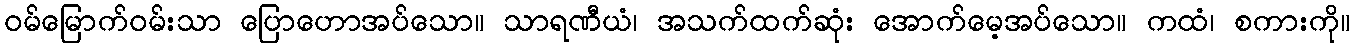
ဝမ်မြောက်ဝမ်းသာ ပြောဟောအပ်သော။ သာရဏီယံ၊ အသက်ထက်ဆုံး အောက်မေ့အပ်သော။ ကထံ၊ စကားကို။